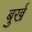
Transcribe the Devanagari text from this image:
बुर्ख